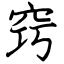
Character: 窍